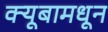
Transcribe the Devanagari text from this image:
क्यूबामधून